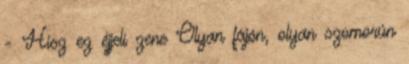
- Hisz ez éjjeli zene Olyan fájón, olyan szomorún